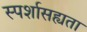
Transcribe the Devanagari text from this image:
स्पर्शासह्यता